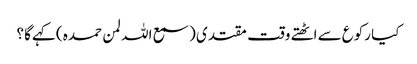
کیا رکوع سے اٹھتے وقت مقتدی ( سمع اللہ لمن حمدہ ) کہےگا ؟